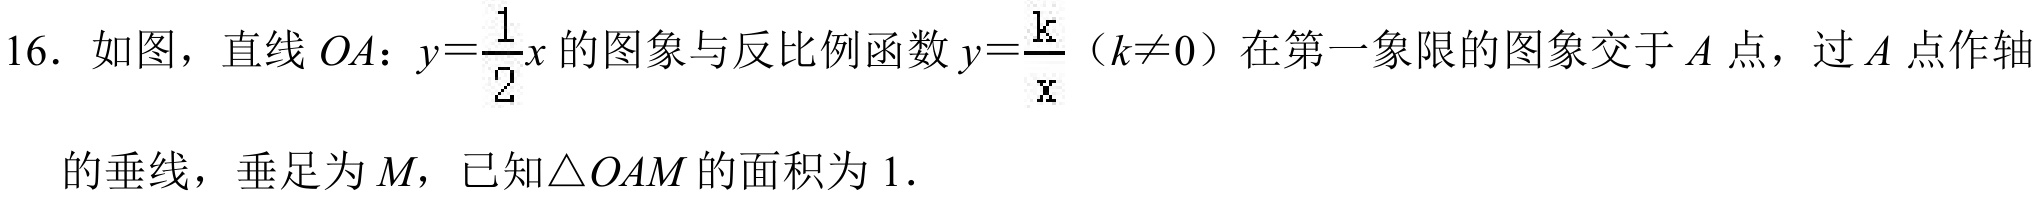
16. 如图，直线 \(OA\)：\(y = \frac{1}{2}x\)的图象与反比例函数\(y=\frac{k}{x}\)（\(k\neq0\)）在第一象限的图象交于\(A\)点，过\(A\)点作轴的垂线，垂足为\(M\)，已知\(\triangle OAM\)的面积为 \(1\).